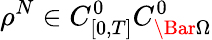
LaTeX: \rho^{N}\in C_{[0,T]}^{0}C_{\Bar{\Omega}}^{0}